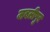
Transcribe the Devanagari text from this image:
जबलीपुर